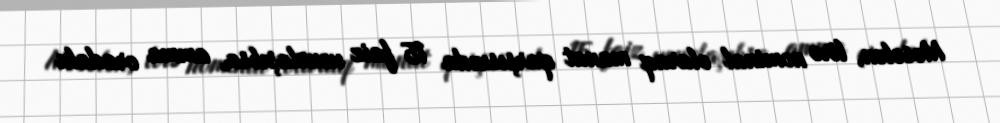
Məsələn, lirə nominal olaraq manat qarşısında 15 faiz ucuzlaşıbsa, amma oradakı